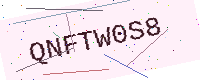
Text: QNFTW0S8